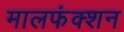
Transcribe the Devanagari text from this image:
मालफंक्शन